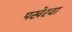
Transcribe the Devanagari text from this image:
पखेरवा